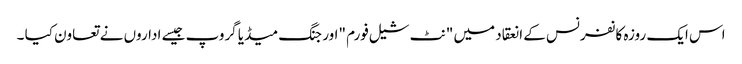
اس ایک روزہ کانفرنس کے انعقاد میں "نٹ شیل فورم "اور جنگ میڈیا گروپ جیسے اداروں نے تعاون کیا ۔